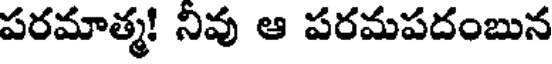
పరమాత్మ! నివు ఆ పరమపదంబున